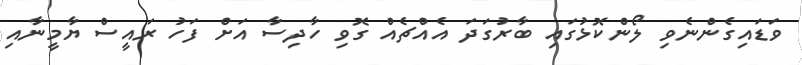
ވަޑައިގެންނެވި ލޯންކޮޅުގައި ބާރުގަދަ އެއްޗެއް ގޮވި ހާދިސާ އަށް ފަހު ރައީސް ޔާމީނާއި